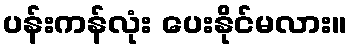
ပန်းကန်လုံး ပေးနိုင်မလား။